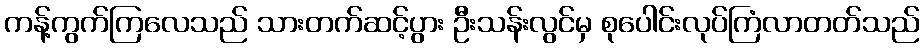
ကန့်ကွက်ကြလေသည် သားတက်ဆင့်ပွား ဦးသန်းလွင်မှ စုပေါင်းလုပ်ကြံလာတတ်သည်